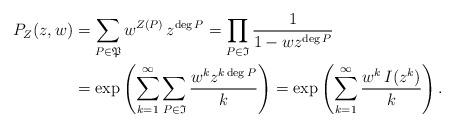
LaTeX: \begin{align*}P_Z(z,w) &= \sum_{P \in \mathfrak{P}} w^{Z(P)}\,z^{\deg P} = \prod_{P \in \mathfrak{I}} \frac{1}{1-wz^{\deg P}}\\&=\exp\left(\sum_{k=1}^\infty \sum_{P \in \mathfrak{I}}\frac{w^kz^{k\deg P}}{k} \right) = \exp\left(\sum_{k=1}^\infty \frac{w^k\, I(z^k)}{k} \right).\end{align*}